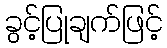
ခွင့်ပြုချက်ဖြင့်